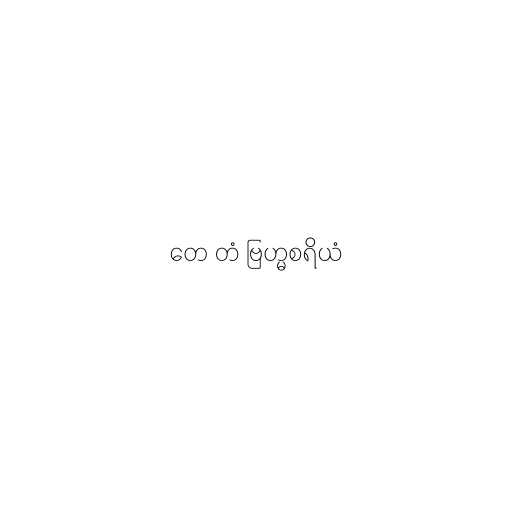
တေ တံ ဗြဟ္မစရိယံ